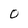
Character: o